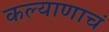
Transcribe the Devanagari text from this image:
कल्याणाचं